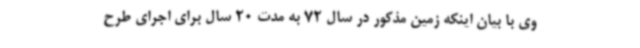
وی با بیان اینکه زمین مذکور در سال 72 به مدت 20 سال برای اجرای طرح